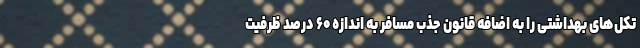
تکل‌های بهداشتی را به اضافه قانون جذب مسافر به اندازه ۶۰ درصد ظرفیت